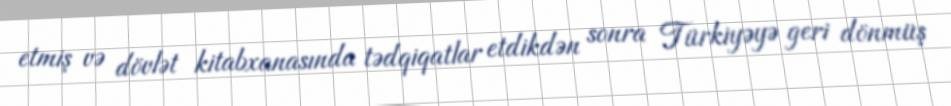
etmiş və dövlət kitabxanasında tədqiqatlar etdikdən sonra Türkiyəyə geri dönmüş